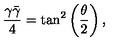
\frac { \gamma \bar { \gamma } } { 4 } = \tan ^ { 2 } \left( \frac { \theta } { 2 } \right) ,